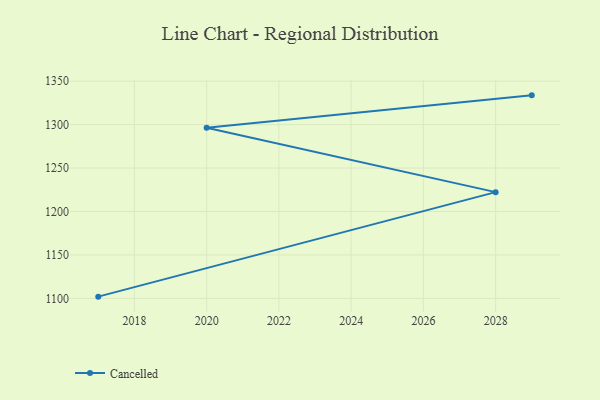
{"axis": {"x": "Year", "y": "Active Users"}, "legend": ["Cancelled"], "data": [{"x": "2017", "y": 1102.0, "type": "Cancelled"}, {"x": "2028", "y": 1222.3, "type": "Cancelled"}, {"x": "2020", "y": 1296.5, "type": "Cancelled"}, {"x": "2029", "y": 1333.7, "type": "Cancelled"}]}